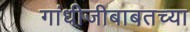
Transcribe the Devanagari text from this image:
गांधीजीबाबतच्या